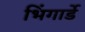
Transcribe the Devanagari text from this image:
भिंगार्डे